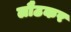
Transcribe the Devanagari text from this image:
लौठकर